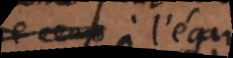
à l’égar